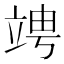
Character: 𥪁